Report on sanitation, dispensaries, and jails in Rajputana for 1919, and on vaccination for the year 1919-1920 - 1919-1920
Year: 1919
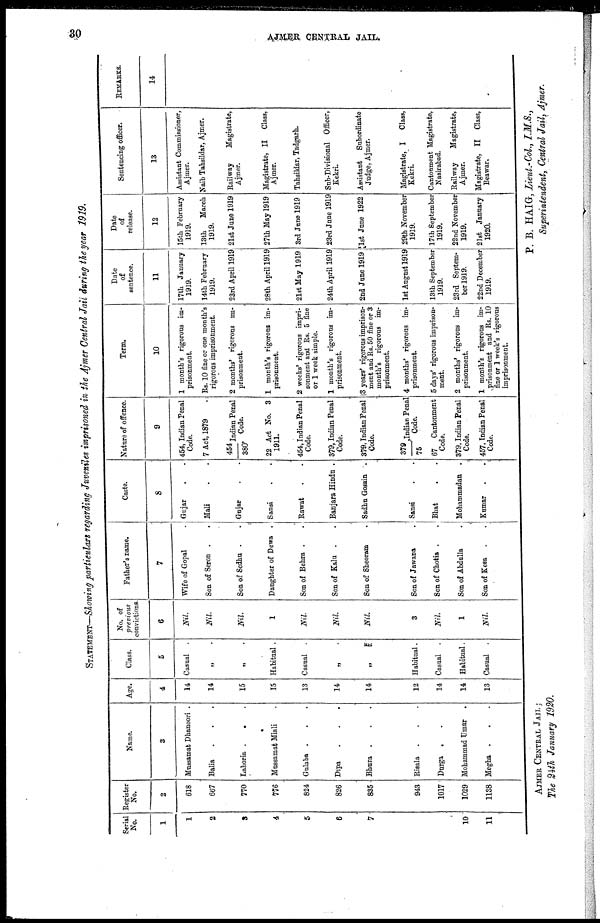
30
AJMER CENTRAL JAIL.
STATEMENT—Showing particulars regarding Juveniles imprisoned in the Ajmer Central Jail during the year 1919.
Serial
No.
1
1
2
3
4
5
6
7
10
11
Register
No.
2
618
667
770
776
824
826
835
943
1017
1029
1138
Name.
3
Mussamat Dhanoori .
Balia . . .
Lahoria . . .
Mussamat Miali .
Gulaba . . .
Dipa . . .
Bhura . . .
Risala . . .
Durga . .
Mohammad Umar .
Megha . . .
Age.
4
14
14
15
15
13
14
14
12
14
14
13
Class.
5
Casual .
„ .
„ .
Habitual .
Casual .
„ .
„
.
Habitual .
Casual .
Habitual.
Casual .
No. of
previous
convictions
6
Nil.
Nil.
Nil.
1
Nil.
Nil.
Nil.
3
Nil.
1
Nil.
Father's name.
7
Wife of Gopal .
Son of Seron . .
Son of Sedhu . .
Daughter of Dewa .
Son of Behra . .
Son of Kalu . .
Son of Sheoram .
Son of Jawana .
Son of Chotia . .
Son of Abdulla .
Son of Kesa . .
Caste.
8
Gujar . .
Mali . .
Gujar . .
Sansi . .
Rawat . .
Banjara Hindu .
Sadhu Gosain .
Sansi . .
Bhat . .
Mohammadan .
Kumar . .
Nature of offence.
9
454, Indian Penal
Code.
7 Act, 1879
454/380 Indian Penal
Code.
22 Act No. 3
1911.
454, Indian Penal
Code.
379, Indian Penal
Code.
379, Indian Penal
Code.
379/75 Indian Penal
Code.
67 Cantonment
Code.
379, Indian Penal
Code.
457, Indian Penal
Code.
Term.
10
1 month's rigorous im-
prisonment
Rs. 10 fine or one month's
rigorous imprisonment
2 months' rigorous im-
prisonment.
1 month's rigorous im-
prisonment.
2 weeks' rigorous impri-
sonment and Rs. 5 fine
or 1 week simple.
1 month's rigorous im-
prisonment.
3 years' rigorous imprison-
ment and Rs. 50 fine or 3
month's rigorous im-
prisonment.
4 months' rigorous im-
prisonment
5 days' rigorous imprison-
ment.
2 months' rigorous im-
prisonment.
1 month's rigorous im-
prisonment and Rs. 10
fine or 1 week's rigorous
imprisonment.
Date
of
sentence.
11
17th January
1919.
14th February
1919.
23rd April 1919
28th April 1919
21st May 1919
24th April 1919
2nd June 1919
1st August 1919
13th September
1919.
23rd Septem-
ber 1919.
22nd December
1919.
Date
of
release.
12
15th February
1919.
13th
March
1919.
21st June 1919
27th May 1919
3rd June 1919
23rd June 1919
1st June 1922
29th November
1919.
17th September
1919.
22nd November
1919.
21st January
1920.
Sentencing officer.
13
Assistant Commissioner,
Ajmer.
Naib Tahsildar, Ajmer.
Railway
Magistrate,
Ajmer.
Magistrate, II Class,
Ajmer.
Tahaildar, Tadgarh.
Sub-Divisional Officer,
Kekri.
Assistant Subordinate
Judge, Ajmer.
Magistrate, I
Class,
Kekri.
Cantonment Magistrate,
Nasirabad.
Railway
Magistrate,
Ajmer.
Magistrate, II Class,
Beawar.
REMARKS.
14
AJMER CENTRAL JAIL :
The 24th January 1920.
P. B. HAIG, Lieut.-Col., I.M.S.,
Superintendent, Central Jail, Ajmer.